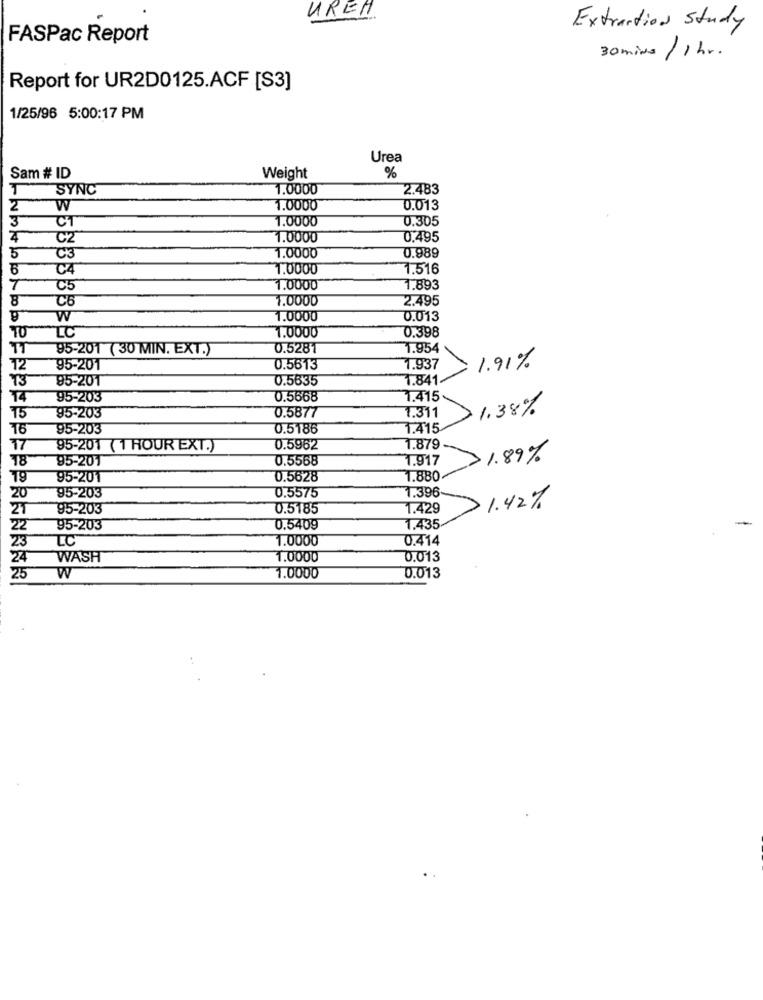
UREN
Extraction Study
FASPac Report
30 mins / 1 hr.
Report for UR2D0125.ACF [S3]
1/25/96 5:00:17 PM
Urea
%
Sam # ID
Weight
T
SYNC
1.0000
2.483
2
W
1.0000
0.013
3
1.0000
0.305
CT
C2
1.0000
0,495
5
C3
1.0000
0.989
C4
1.0000
1.516
7
C5
1.0000
1.893
8
C6
1.0000
2.495
W
1.0000
0.013
TO
LC
1.0000
0,398
TT
95-201 ( 30 MIN. EXT.)
0.5281
1.954
1.91%
12
95-201
0.5613
1.937
T3
95-201
0.5635
1.841.
14
95-203
0.5668
1.415
1.38%
T5
95-203
0.5877
1.311
16
95-203
0.5186
1.415
17
95-201 ( 1 HOUR EXT.)
0.5962
1.879
18
95-201
0.5568
1.917
1.89%
19
95-201
0.5628
1.880
95-203
0.5575
1.396
20
21
95-203
0.5185
1.429
1.42%
22
95-203
0.5409
1,435
23
LC
1.0000
0.414
24
WASH
1.0000
0.013
25
W
1.0000
0.013
..